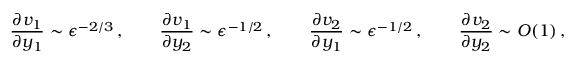
\frac { \partial v _ { 1 } } { \partial y _ { 1 } } \sim \epsilon ^ { - 2 / 3 } \, , \qquad \frac { \partial v _ { 1 } } { \partial y _ { 2 } } \sim \epsilon ^ { - 1 / 2 } \, , \qquad \frac { \partial v _ { 2 } } { \partial y _ { 1 } } \sim \epsilon ^ { - 1 / 2 } \, , \qquad \frac { \partial v _ { 2 } } { \partial y _ { 2 } } \sim O ( 1 ) \, , \qquad \epsilon \to 0